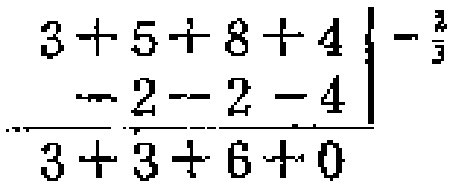
\frac{3 + 5 + 8 + 4 - 2 - 2 - 4}{3 + 3 + 6 + 0}^{-\frac{2}{3}}